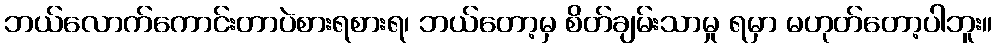
ဘယ်လောက်ကောင်းတာပဲစားရစားရ၊ ဘယ်တော့မှ စိတ်ချမ်းသာမှု ရမှာ မဟုတ်တော့ပါဘူး။